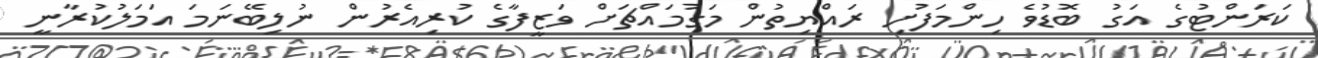
ކަރަންޓުގެ އަގު ބޮޑުވެ ހިންމަފުށި ރައްޔިތުން މަގުމައްޗަށް ވަޒީފާގެ ކުރިއެރުން ނުލިބޭނަމަ އަމަލުކުރާނީ